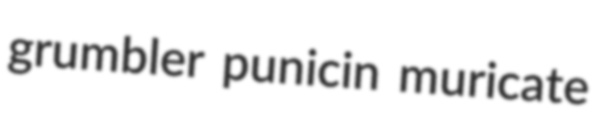
grumbler punicin muricate